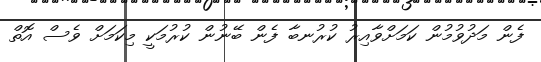
ފެން މަދުވުމުން ކަމަށްވާއިރު ކުރުނބާ ފެން ބޭނުން ކުރުމަކީ މިކަމަށް ވެސް އޮތް